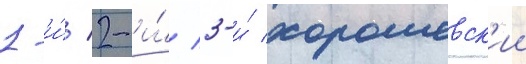
1-и́/ 2-и́/ 3-и́ хорошевск'ии